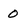
Character: 0